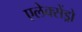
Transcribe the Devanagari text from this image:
एलेक्सेंड्रो